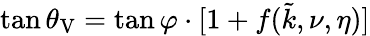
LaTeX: \tan{\theta_{\mathrm{V}}}=\tan{\varphi}\cdot[1+f(\tilde{k},\nu,\eta)]